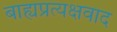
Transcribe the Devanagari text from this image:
बाह्यप्रत्यक्षवाद